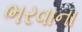
ભરવાના